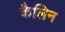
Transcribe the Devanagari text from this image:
कैलिन